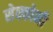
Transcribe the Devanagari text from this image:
सेक्कोनी